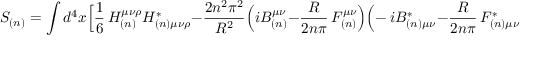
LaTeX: S _ { ( n ) } = \int d ^ { 4 } x \Bigl [ \frac { 1 } { 6 } \, H _ { ( n ) } ^ { \mu \nu \rho } H _ { ( n ) \mu \nu \rho } ^ { \ast } - \frac { 2 n ^ { 2 } \pi ^ { 2 } } { R ^ { 2 } } \Bigl ( i B _ { ( n ) } ^ { \mu \nu } - \frac { R } { 2 n \pi } \, F _ { ( n ) } ^ { \mu \nu } \Bigr ) \Bigl ( - \, i B _ { ( n ) \mu \nu } ^ { \ast } - \frac { R } { 2 n \pi } \, F _ { ( n ) \mu \nu } ^ { \ast } \Bigr ) \Bigr ]